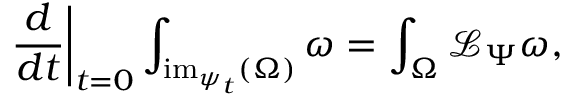
\left. { \frac { d } { d t } } \right| _ { t = 0 } \int _ { { \mathrm { i m } } _ { \psi _ { t } } ( \Omega ) } \omega = \int _ { \Omega } { \mathcal { L } } _ { \Psi } \omega ,